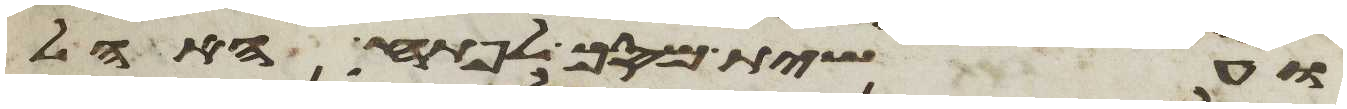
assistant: ועשית מסך לפתח האהל